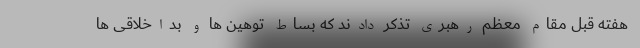
هفته قبل مقام معظم رهبری تذکر دادند که بساط توهین ها و بداخلاقی ها